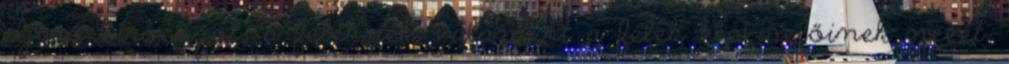
eljáró bíróságot; a feleknek, valamint a felek képviselőinek nevét,